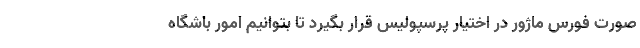
صورت فورس ماژور در اختیار پرسپولیس قرار بگیرد تا بتوانیم امور باشگاه